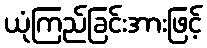
ယုံကြည်ခြင်းအားဖြင့်